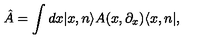
\hat { A } = \int d x | x , n \rangle A ( x , \partial _ { x } ) \langle x , n | ,